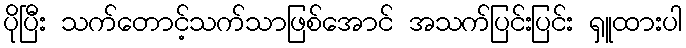
ပိုပြီး သက်တောင့်သက်သာဖြစ်အောင် အသက်ပြင်းပြင်း ရှူထားပါ